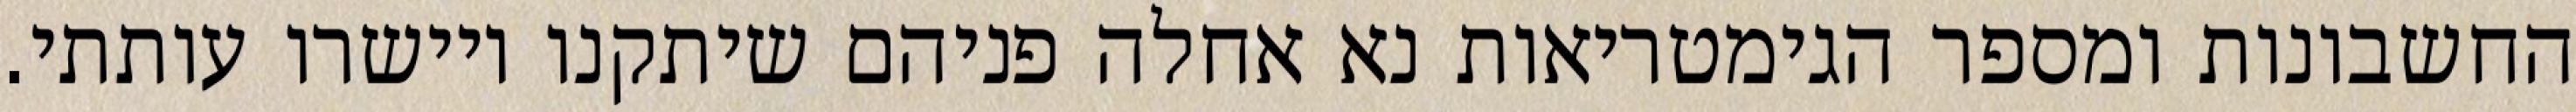
החשבונות ומספר הגימטריאות נא אחלה פניהם שיתקנו ויישרו עותתי.